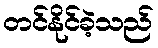
တင်နိုင်ခဲ့သည်